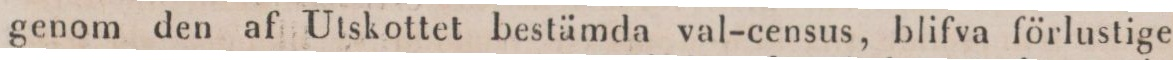
genom den af Utskottet bestämda val-census, blifva förlustige